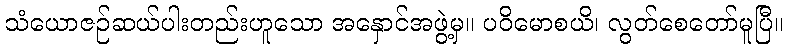
သံယောဇဉ်ဆယ်ပါးတည်းဟူသော အနှောင်အဖွဲ့မှ။ ပဝိမောစယိ၊ လွတ်စေတော်မူပြီ။